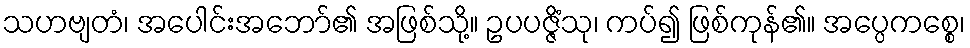
သဟဗျတံ၊ အပေါင်းအဘော်၏ အဖြစ်သို့။ ဥပပဇ္ဇိံသု၊ ကပ်၍ ဖြစ်ကုန်၏။ အပ္ပေကစ္စေ၊